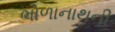
ભોળાનાથની